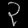
Digit: ၃